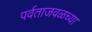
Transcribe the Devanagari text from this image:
पर्वताजवळच्या